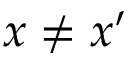
x \neq x ^ { \prime }